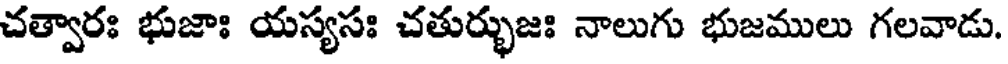
చత్వారః భుజాః యస్యసః చతుర్భుజః నాలుగు భుజములు గలవాడు.